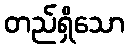
တည်ရှိသော